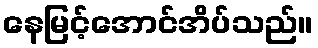
နေမြင့်အောင်အိပ်သည်။